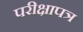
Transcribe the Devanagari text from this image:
परीक्षापत्र